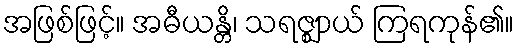
အဖြစ်ဖြင့်။ အဓီယန္တိ၊ သရဇ္ဈာယ် ကြရကုန်၏။